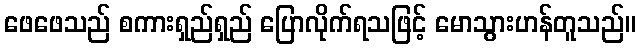
ဖေဖေသည် စကားရှည်ရှည် ပြောလိုက်ရသဖြင့် မောသွားဟန်တူသည်။